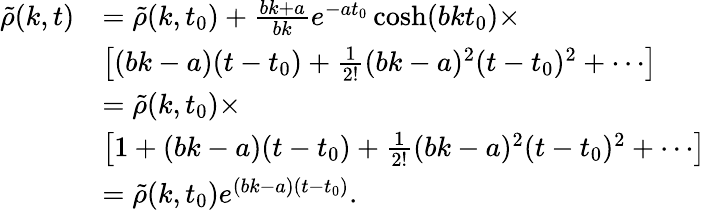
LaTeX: \begin{array}{rl}{\tilde{\rho}(k,t)}&{=\tilde{\rho}(k,t_{0})+\frac{bk+a}{bk}e^{-at_{0}}\cosh(bkt_{0})\times}\\ &{\left[(bk-a)(t-t_{0})+\frac{1}{2!}(bk-a)^{2}(t-t_{0})^{2}+\cdots\right]}\\ &{=\tilde{\rho}(k,t_{0})\times}\\ &{\left[1+(bk-a)(t-t_{0})+\frac{1}{2!}(bk-a)^{2}(t-t_{0})^{2}+\cdots\right]}\\ &{=\tilde{\rho}(k,t_{0})e^{(bk-a)(t-t_{0})}.}\end{array}